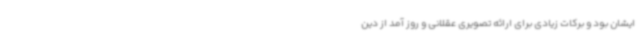
ایشان بود و برکات زیادی برای ارائه تصویری عقلانی و روز آمد از دین